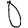
Digit: 0